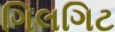
ગિલગિટ